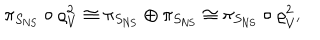
\pi _ { S _ { \mathrm { N S } } } \circ \varrho _ { V } ^ { 2 } \cong \pi _ { S _ { \mathrm { N S } } } \oplus \pi _ { S _ { \mathrm { N S } } } \cong \pi _ { S _ { \mathrm { N S } } } \circ \varrho _ { V ^ { \prime } } ^ { 2 }